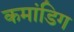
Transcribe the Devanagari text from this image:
कमांडिग